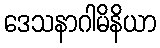
ဒေသနာဂါမိနိယာ